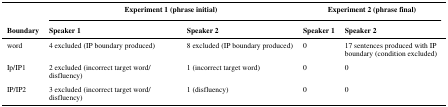
| <ROWSPAN=3> Boundary | <COLSPAN=2> Experiment 1 (phrase initial) | <COLSPAN=2> Experiment 2 (phrase final) |
 | Speaker 1 | Speaker 2 | Speaker 1 | Speaker 2 |
 | --- | --- | --- | --- | --- |
 | word | 4 excluded (IP boundary produced) | 8 excluded (IP boundary produced) | 0 | 17 sentences produced with IP boundary (condition excluded) |
 | Ip/IP1 | 2 excluded (incorrect target word/disfluency) | 1 (incorrect target word) | 0 | 0 |
 | IP/IP2 | 3 excluded (incorrect target word/disfluency) | 1 (disfluency) | 0 | 0 |